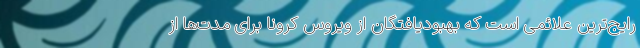
رایج‌ترین علائمی است که بهبودیافتگان از ویروس کرونا برای مدت‌ها از